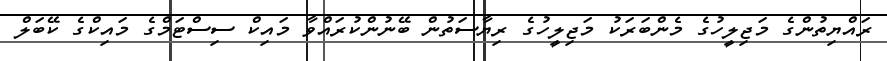
ރައްޔިތުންގެ މަޖިލީހުގެ މެންބަރަކު މަޖިލީހުގެ ރިޔާސަތުން ބޭނުންކުރައްވާ މައިކް ސިސްޓަމްގެ މައިކްގެ ކޭބަލް